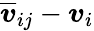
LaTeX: \overline{{\boldsymbol{v}}}_{ij}-\boldsymbol{v}_{i}